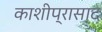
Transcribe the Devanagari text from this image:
काशीप्रासाद